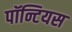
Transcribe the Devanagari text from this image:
पॉन्टियस